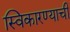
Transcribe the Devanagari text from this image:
स्विकारण्याची